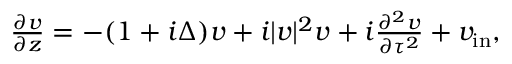
\begin{array} { r } { \frac { \partial v } { \partial z } = - ( 1 + i \Delta ) v + i | v | ^ { 2 } v + i \frac { \partial ^ { 2 } v } { \partial \tau ^ { 2 } } + v _ { \mathrm { i n } } , } \end{array}